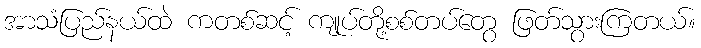
အာသံပြည်နယ်ထဲ ကတစ်ဆင့် ကျုပ်တို့စစ်တပ်တွေ ဖြတ်သွားကြတယ်။